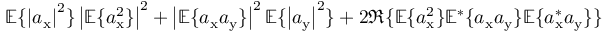
\mathbb { E } \{ \left| a _ { \mathrm { x } } \right| ^ { 2 } \} \left| \mathbb { E } \{ a _ { \mathrm { x } } ^ { 2 } \} \right| ^ { 2 } + \left| \mathbb { E } \{ a _ { \mathrm { x } } a _ { \mathrm { y } } \} \right| ^ { 2 } \mathbb { E } \{ \left| a _ { \mathrm { y } } \right| ^ { 2 } \} + 2 \Re \{ \mathbb { E } \{ a _ { \mathrm { x } } ^ { 2 } \} \mathbb { E } ^ { * } \{ a _ { \mathrm { x } } a _ { \mathrm { y } } \} \mathbb { E } \{ a _ { \mathrm { x } } ^ { * } a _ { \mathrm { y } } \} \}